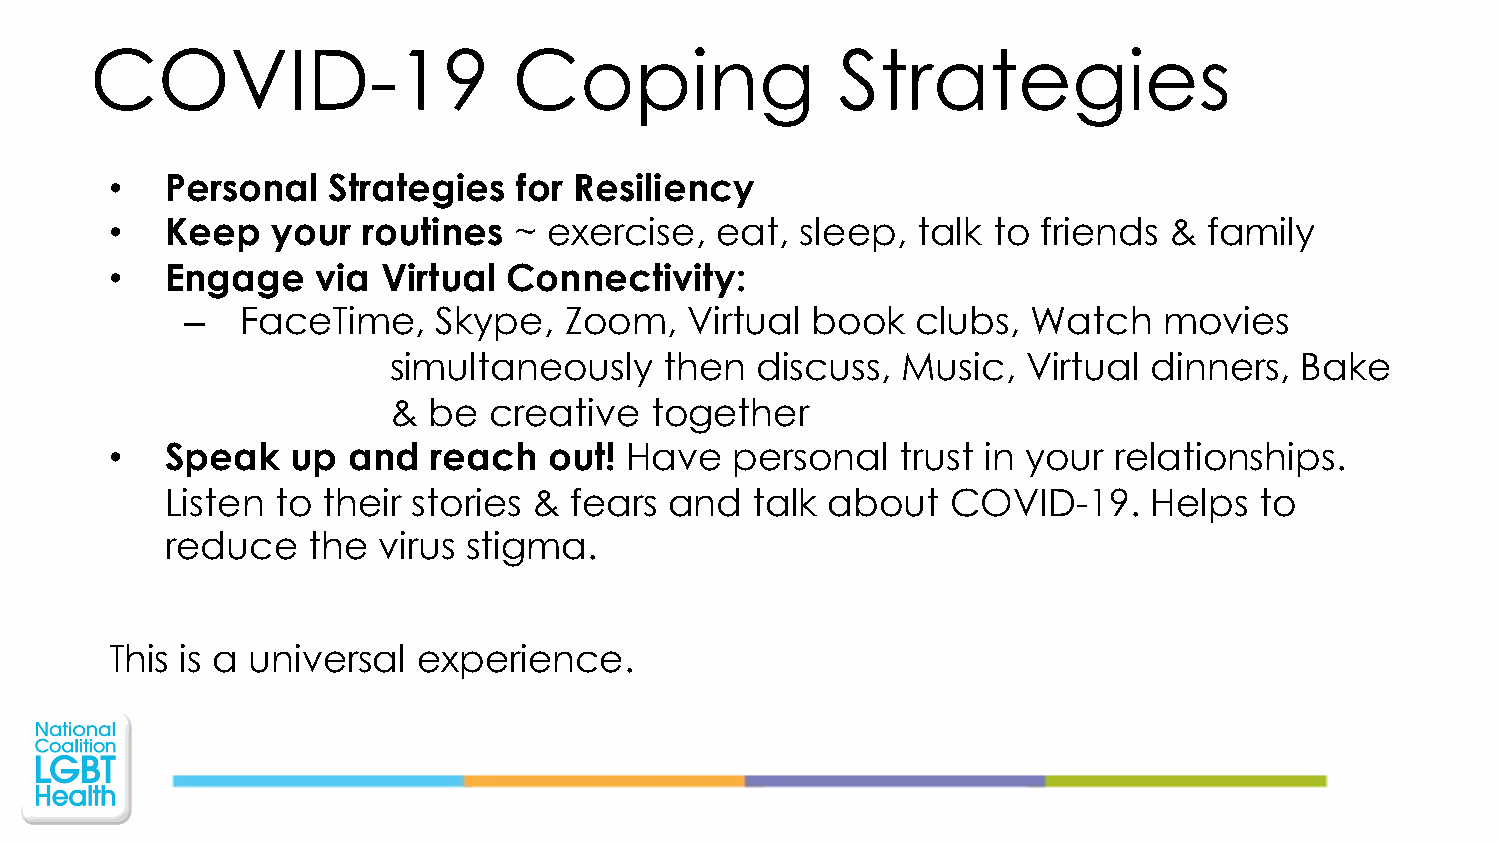
COVID-19                    Coping               Strategies
 •   Personal   Strategies  for Resiliency
 •   Keep   your  routines  ~ exercise,  eat,  sleep,  talk to friends &  family
 •   Engage    via Virtual  Connectivity:
 –   FaceTime,    Skype,  Zoom,    Virtual book   clubs, Watch    movies
 simultaneously    then  discuss,  Music,  Virtual dinners,  Bake
 & be  creative   together
 •   Speak   up  and  reach   out! Have    personal   trust in your relationships.
 Listen to their stories &  fears and   talk about   COVID-19.    Helps  to
 reduce   the  virus stigma.
 This is a universal  experience.